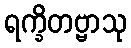
ရက္ခိတဗ္ဗာသု